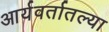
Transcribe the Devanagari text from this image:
आर्यवर्तातल्या